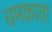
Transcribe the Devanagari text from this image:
चमकाता